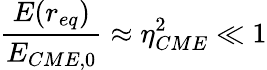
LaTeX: \frac{E(r_{eq})}{E_{CME,0}}\approx\eta_{CME}^{2}\ll 1